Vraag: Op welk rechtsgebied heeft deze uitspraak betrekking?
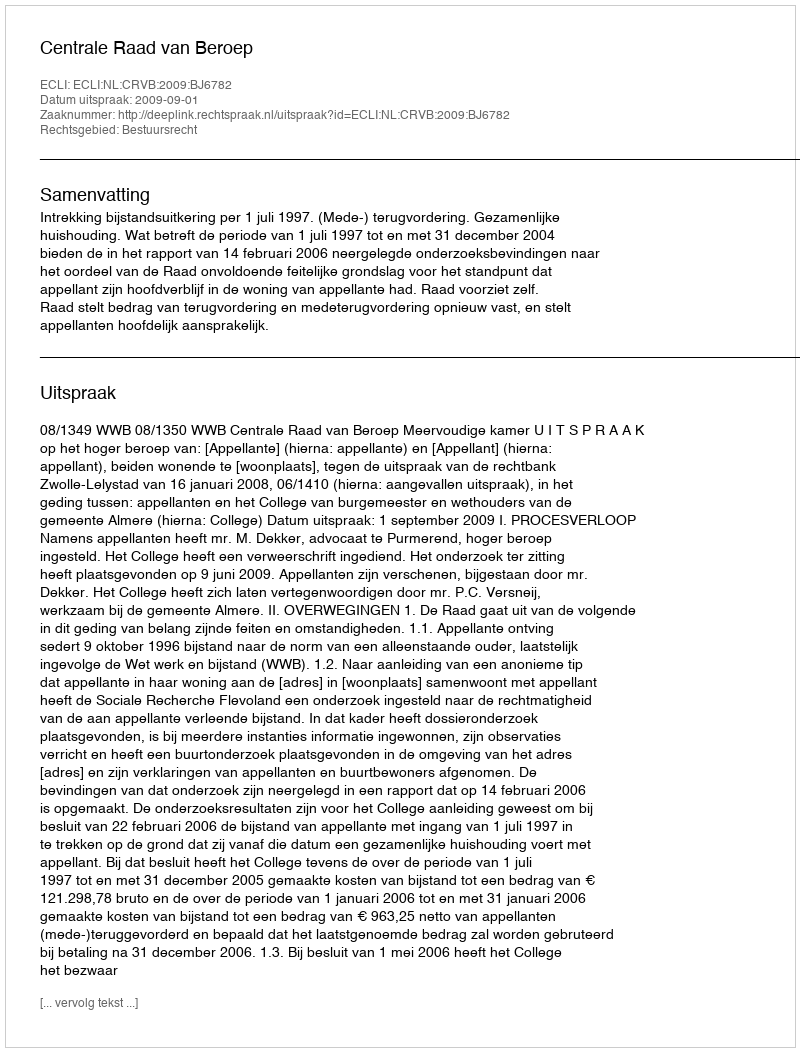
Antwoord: Bestuursrecht